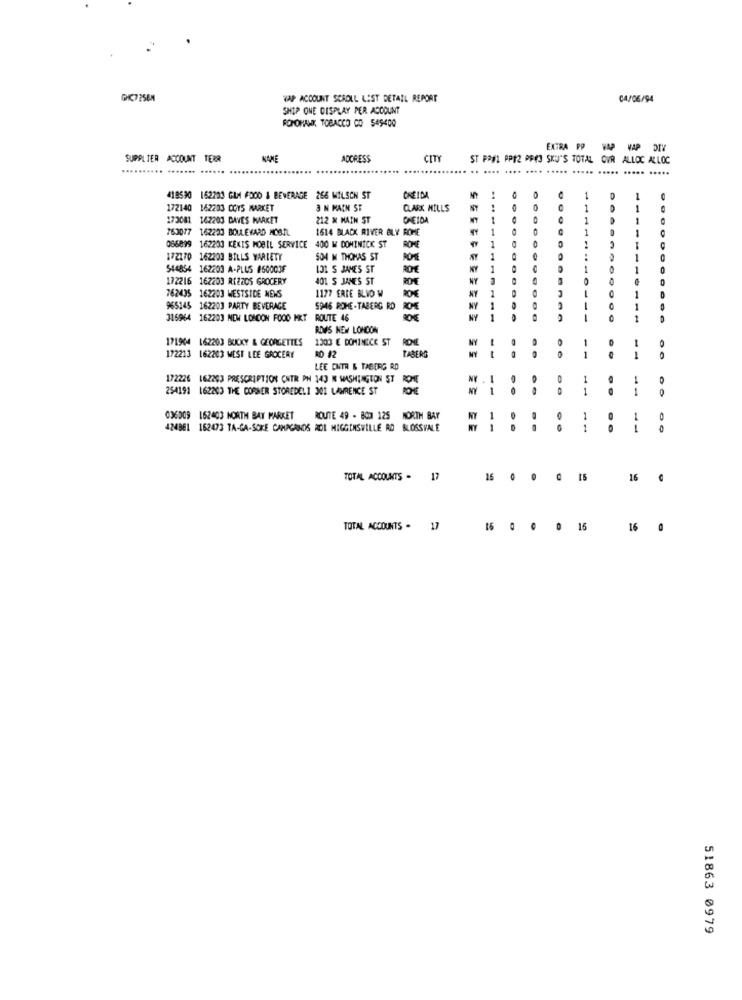
GHC7 258M
WAP ACCOUNT SCROLL LIST DETAIL REPORT
04/06/94
SHIP ONE DISPLAY PER ACCOUNT
FONOHANK TOBACCO CO 549400
EXTRA PP- - A DIV
SUPPLIER ACCOUNT TERR
NAME
ACCRESS
CITY
ST PAUL PPI2 PRES SKUJ'S TOTAL CVR ALLOC ALLOC
.......... ....... .....
.... ..... .....
419590 152293 GAM FOOD & BEVERAGE 256 WILSON ST
..
172140 162203 00Y5 MARKET
3 N MACH ST
CLARK MILLS
173081 162203 DAVES MARKET
212 M MAIN ST
ONEIDA
--
763077 162223 BOULEVARD MOBIL
1614 BLACK RIVER BLY ROME
ROME
066899 162203 KENIS MOBIL SERVICE 400 W DOMINICK ST
172170 162203 BILLS WARLETY
SO4 M THOMAS ST
1
544854 162203 A-PLUS #50003F
131 S JAMES ST
ROM
KY
172216 162203 RIZZOS GROCERY
401 5 JANES ST
RO
NY
762435 162203 WESTSIDE MENS
1177 ERLE BLIO W
965145 162203 PARTY BEVERAGE
5946 ROHE-TABERG RD
315964 162203 NEW LONDON FOOD MET
ROUTE 46
ROWS NEW LONDON
171904 162203 BUCKY & GEORGETTES
1303 E DOMINICE ST ROME
MY
TABERG
172213 162203 WEST LEE GROCERY
LEE ENTR & TABERG RD
172226 162203 PRESCRIPTION CNTR PH 143 M WASHINGTON ST ROME
NY
254191 162203 THE CORNER STOREDELI 301 LAWRENCE ST
MY 1
-
036009 162403 NORTH BAY MARKET
ROUTE 49 - BOD 125 NORTH BAY
NY
1
0
424881 162473 TA-GA-SOKE CAMPGANOS MOI HIGGINSVILLE RD BLOSSVALE
1
--
TOTAL ACCOUNTS -
17
16 0 0
16
TOTAL ACCOUNTS . 17
16 0 0 0 15
16 0
51863 0979